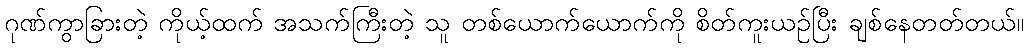
ဂုဏ်ကွာခြားတဲ့ ကိုယ့်ထက် အသက်ကြီးတဲ့ သူ တစ်ယောက်ယောက်ကို စိတ်ကူးယဉ်ပြီး ချစ်နေတတ်တယ်။